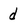
Character: d